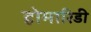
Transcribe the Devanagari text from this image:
होमारिडी